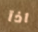
اذآ